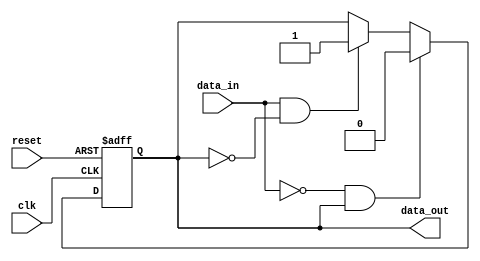
module schmitt_trigger(
    input wire clk,
    input wire reset,
    input wire data_in,
    output reg data_out
);

reg Q;
reg Q_bar;

always @(posedge clk or posedge reset) begin
    if (reset) begin
        Q <= 1'b0;
        Q_bar <= 1'b1;
    end else begin
        if (data_in && !Q) begin
            Q <= 1'b1;
            Q_bar <= 1'b0;
        end
        if (!data_in && Q) begin
            Q <= 1'b0;
            Q_bar <= 1'b1;
        end
    end
end

assign data_out = Q;

endmodule